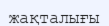
жақталығы